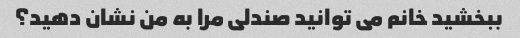
ببخشید خانم می توانید صندلی مرا به من نشان دهید؟